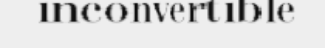
inconvertible